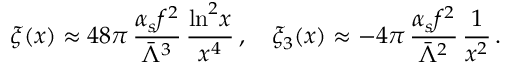
\xi ( x ) \approx 4 8 \pi \, \frac { \alpha _ { s } f ^ { 2 } } { \bar { \Lambda } ^ { 3 } } \, \frac { \ln ^ { 2 } \! x } { x ^ { 4 } } \, , \quad \xi _ { 3 } ( x ) \approx - 4 \pi \, \frac { \alpha _ { s } f ^ { 2 } } { \bar { \Lambda } ^ { 2 } } \, \frac { 1 } { x ^ { 2 } } \, .